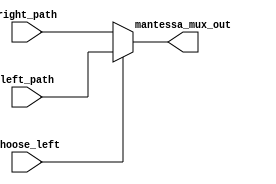
module mantessa_mux_2 (choose_left , left_path , right_path , mantessa_mux_out);
input choose_left;
input [23:0]left_path ;
input [23:0]right_path; 
output reg [23:0]mantessa_mux_out;
always@(*)
begin
     if(choose_left)
        begin
            mantessa_mux_out = left_path;
        end
    else
        begin
            mantessa_mux_out = right_path;
        end
end
endmodule